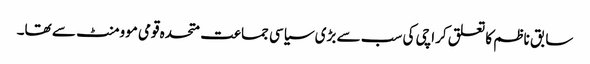
سابق ناظم کا تعلق کراچی کی سب سے بڑی سیاسی جماعت متحدہ قومی موومنٹ سے تھا۔